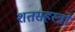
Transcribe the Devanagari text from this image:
शतसहस्त्रों